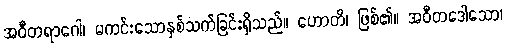
အဝီတရာဂေါ၊ မကင်းသောနှစ်သက်ခြင်းရှိသည်။ ဟောတိ၊ ဖြစ်၏။ အဝီတဒေါသော၊